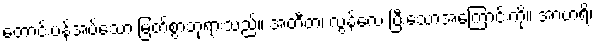
တောင်းပန်အပ်သော မြတ်စွာဘုရားသည်။ အတီတံ၊ လွန်လေ ပြီးသောအကြောင်းကို။ အာဟရိ၊